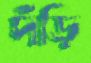
দঁড়ি